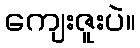
ကျေးဇူးပဲ။